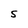
Character: S